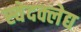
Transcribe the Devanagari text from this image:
स्वेदक्लेद्य